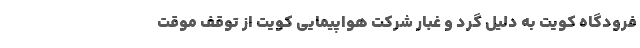
فرودگاه کویت به دلیل گرد و غبار شرکت هواپیمایی کویت از توقف موقت